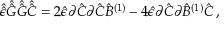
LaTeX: \hat { \hat { \epsilon } } \hat { \hat { G } } \hat { \hat { G } } \hat { \hat { C } } = 2 \hat { \epsilon } \partial \hat { C } \partial \hat { C } \hat { B } ^ { ( 1 ) } - 4 \hat { \epsilon } \partial \hat { C } \partial \hat { B } ^ { ( 1 ) } \hat { C } \, ,